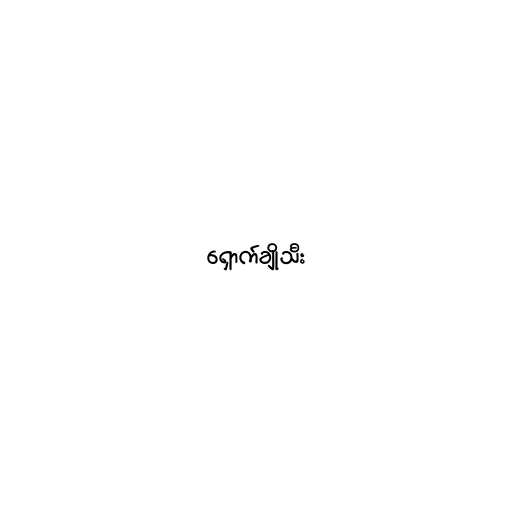
ရှောက်ချိုသီး